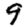
Digit: 9